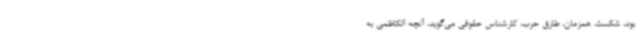
بود، شکست. همزمان، طارق حرب، کارشناس حقوقی می‌گوید، آنچه الکاظمی به